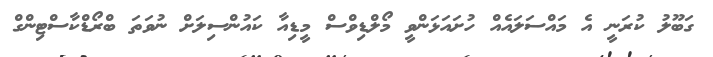
ގަބޫލު ކުރަނީ އެ މައްސަލައެއް ހުށައަޅަންވީ މޯލްޑިވްސް މީޑިއާ ކައުންސިލަށް ނުވަތަ ބްރޯޑްކާސްޓިންގް